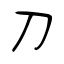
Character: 刀